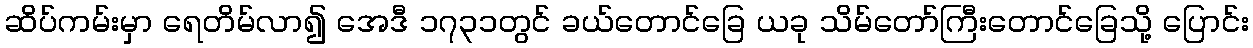
ဆိပ်ကမ်းမှာ ရေတိမ်လာ၍ အေဒီ ၁၇၃၁တွင် ခယ်တောင်ခြေ ယခု သိမ်တော်ကြီးတောင်ခြေသို့ ပြောင်း